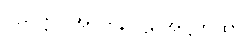
ပညတ္တိ)။အပဒါနပါဠိ အဋ္ဌကထာ